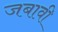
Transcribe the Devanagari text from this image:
जबावी